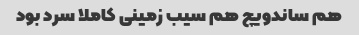
هم ساندویچ هم سیب زمینی کاملا سرد بود